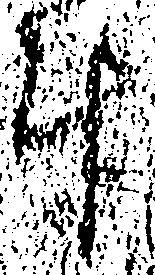
計